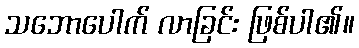
သဘောပေါက် လာခြင်း ဖြစ်ပါ၏။